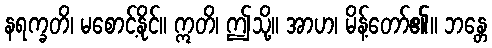
နရက္ခတိ၊ မစောင့်နိုင်။ ဣတိ၊ ဤသို့။ အာဟ၊ မိန့်တော်၏။ ဘန္တေ